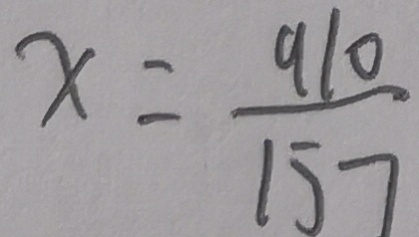
x = \frac { 9 1 0 } { 1 5 7 }